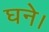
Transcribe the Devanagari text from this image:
घने।